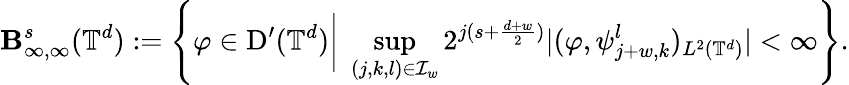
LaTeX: \mathbf{B}_{\infty,\infty}^{s}(\mathbb{{T}}^{d}):=\left\{ \varphi\in\mathrm{D}^{\prime}(\mathbb{{T}}^{d})\bigg|\; \operatorname*{sup}_{(j,k,l)\in\mathcal{{I}}_{w}}2^{j(s+\frac{{d+w}}{{2}})}|(\varphi,\psi_{j+w,k}^{l})_{L^{2}(\mathbb{{T}}^{d})}|<\infty\right\} .